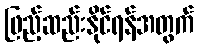
ဖြည့်ဆည်းနိုင်ရန်အတွက်